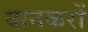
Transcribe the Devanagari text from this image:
बानकरों